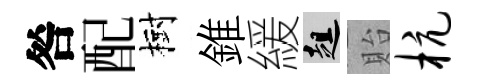
咎配樹錐緩趄貽杭